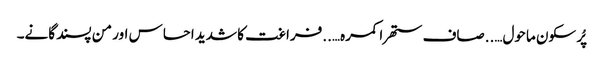
پُر سکون ماحول…..صاف ستھرا کمرہ…..فراغت کا شدید احساس اور من پسند گانے۔